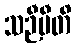
သဉီမီတိ